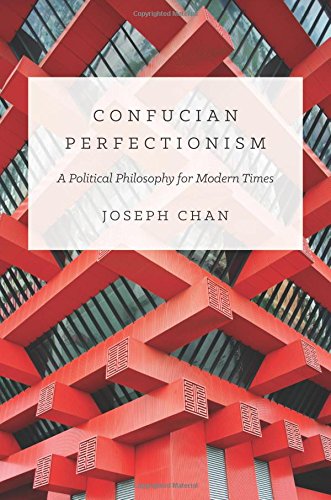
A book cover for Confucian Perfectionism: A Political Philosophy for Modern Times (The Princeton-China Series); Joseph Chan; Religion & Spirituality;